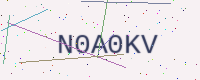
Text: N0A0KV